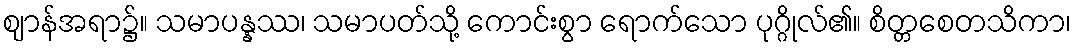
ဈာန်အရာ၌။ သမာပန္နဿ၊ သမာပတ်သို့ ကောင်းစွာ ရောက်သော ပုဂ္ဂိုလ်၏။ စိတ္တစေတသိကာ၊